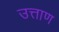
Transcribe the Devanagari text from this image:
उत्ताण